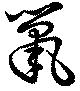
巤